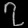
Digit: ၇